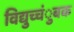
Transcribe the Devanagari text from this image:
विद्युच्चंुबक